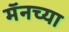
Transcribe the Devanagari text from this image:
मॅनच्या